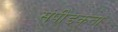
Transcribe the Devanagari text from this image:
संपीडकता